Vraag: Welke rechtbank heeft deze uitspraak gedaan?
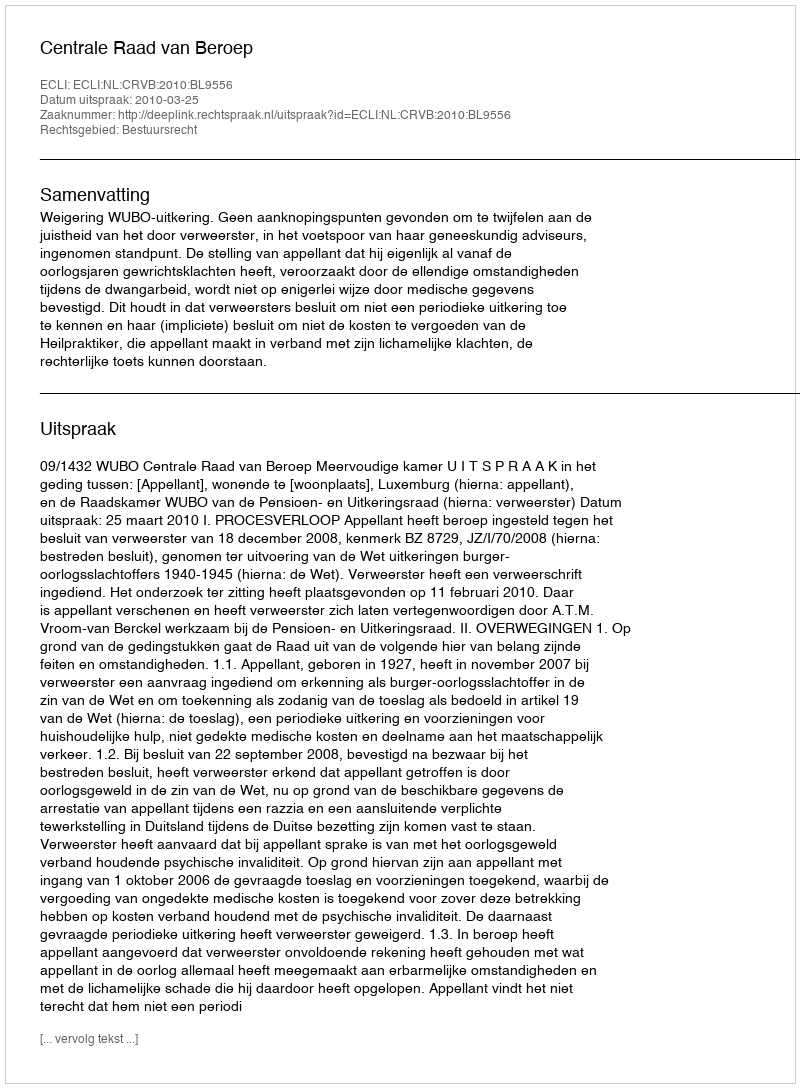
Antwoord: Centrale Raad van Beroep